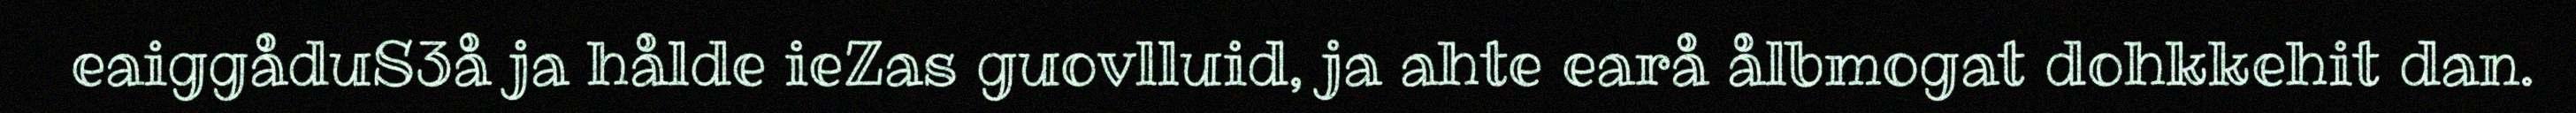
eaiggåduS3å ja hålde ieZas guovlluid, ja ahte earå ålbmogat dohkkehit dan.